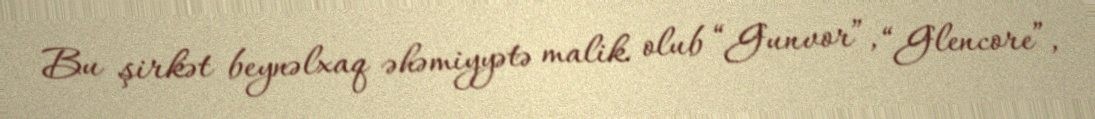
Bu şirkət beynəlxaq əhəmiyyətə malik olub “Gunvor”, “Glencore”,